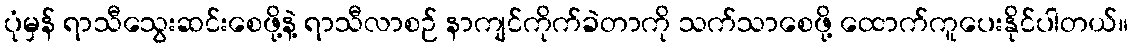
ပုံမှန် ရာသီသွေးဆင်းစေဖို့နဲ့ ရာသီလာစဉ် နာကျင်ကိုက်ခဲတာကို သက်သာစေဖို့ ထောက်ကူပေးနိုင်ပါတယ်။